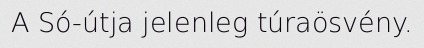
A Só-útja jelenleg túraösvény.